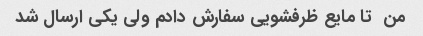
من  تا مایع ظرفشویی سفارش دادم ولی یکی ارسال شد